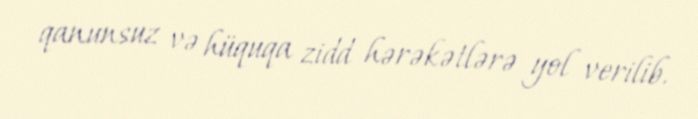
qanunsuz və hüquqa zidd hərəkətlərə yol verilib.